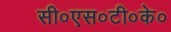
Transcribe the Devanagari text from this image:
सी०एस०टी०के०